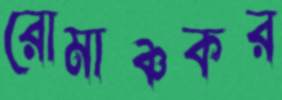
রোমাঞ্চকর